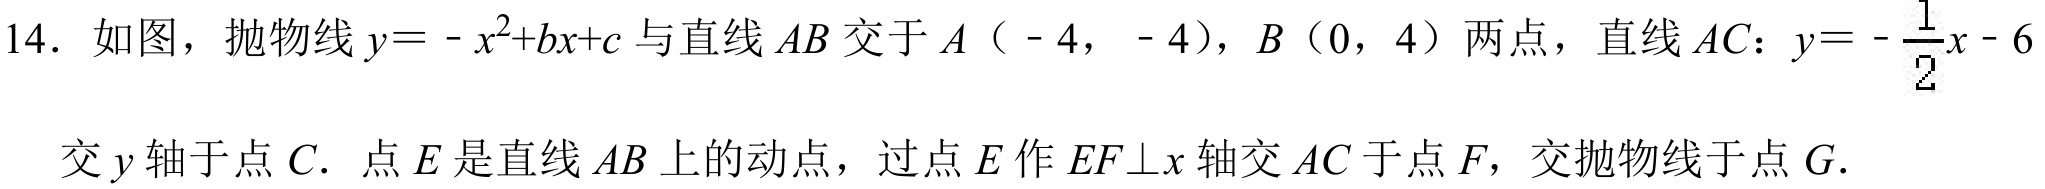
14. 如图，抛物线 \(y=-x^{2}+bx + c\) 与直线 \(AB\) 交于 \(A\)（\(-4\)，\(-4\)），\(B\)（\(0\)，\(4\)）两点，直线 \(AC\)：\(y =-\frac{1}{2}x - 6\)
交 \(y\) 轴于点 \(C\). 点 \(E\) 是直线 \(AB\) 上的动点，过点 \(E\) 作 \(EF\perp x\) 轴交 \(AC\) 于点 \(F\)，交抛物线于点 \(G\).